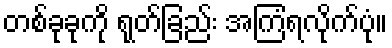
တစ်ခုခုကို ရုတ်ခြည်း အကြံရလိုက်ပုံ။